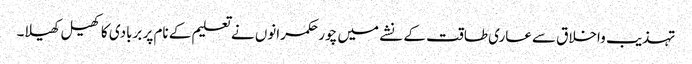
تہذیب واخلاق سےعاری طاقت کے نشے میں چور حکمرانوں نے تعلیم کے نام پر بربادی کاکھیل کھیلا۔